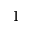
1